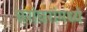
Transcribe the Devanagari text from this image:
घरांघरांमध्ये